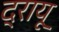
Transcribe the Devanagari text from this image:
द्रायू